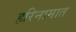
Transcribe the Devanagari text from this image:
हरिनामात